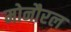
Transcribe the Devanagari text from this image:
मोनौरल